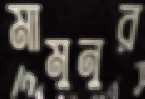
মামুনুর